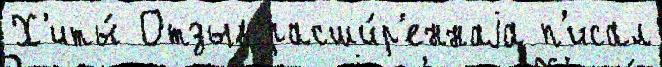
Х'иты́ Отзыв расши́р'еннаjа п'исал